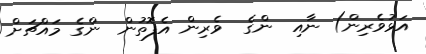
އަޅުވެރިން) ނާއި  ންގެ  ވެރިން އެފޮތުން  ންގެ މައްޗަށް